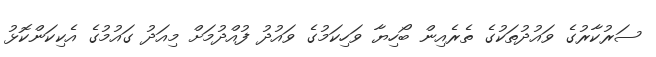
ސަރުކާރުގެ ވައުދުތަކުގެ ތެރެއިން ބޯހިޔާ ވަހިކަމުގެ ވައުދު ފުއްދުމަށް މިއަދު ގައުމުގެ އެކިކަންކޮޅު